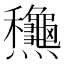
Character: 𪺋